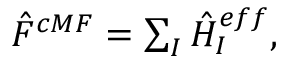
\begin{array} { r } { \hat { F } ^ { c M F } = \sum _ { I } \hat { H } _ { I } ^ { e f f } , } \end{array}